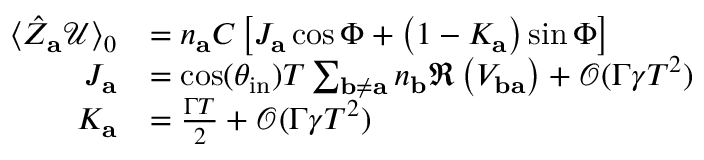
\begin{array} { r l } { \langle \hat { Z } _ { \mathbf { a } } \mathcal { U } \rangle _ { 0 } } & { = n _ { \mathbf { a } } C \left[ J _ { \mathbf { a } } \cos \Phi + \left( 1 - K _ { \mathbf { a } } \right) \sin \Phi \right] } \\ { J _ { \mathbf { a } } } & { = \cos ( \theta _ { \mathrm { i n } } ) T \sum _ { \mathbf { b } \neq \mathbf { a } } n _ { \mathbf { b } } \Re \left( V _ { \mathbf { b a } } \right) + \mathcal { O } ( \Gamma \gamma T ^ { 2 } ) } \\ { K _ { \mathbf { a } } } & { = \frac { \Gamma T } { 2 } + \mathcal { O } ( \Gamma \gamma T ^ { 2 } ) } \end{array}